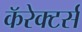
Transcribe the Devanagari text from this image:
कॅरेक्टर्स